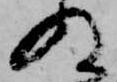
ぬ